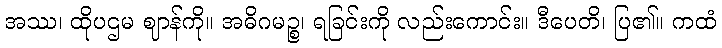
အဿ၊ ထိုပဌမ ဈာန်ကို။ အဓိဂမဉ္စ၊ ရခြင်းကို လည်းကောင်း။ ဒီပေတိ၊ ပြ၏။ ကထံ